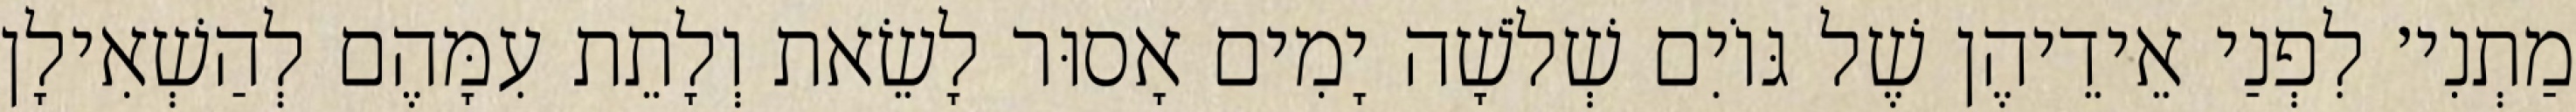
מַתְנִי׳ לִפְנַי אֵידֵיהֶן שֶׁל גּוֹיִם שְׁלֹשָׁה יָמִים אָסוּר לָשֵׂאת וְלָתֵת עִמָּהֶם לְהַשְׁאִילָן